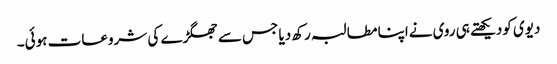
دیوی کودیکھتے ہی روی نےاپنا مطالبہ رکھ دیا جس سے جھگڑے کی شروعات ہوئی۔